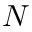
N